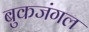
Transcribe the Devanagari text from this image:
बुकजंगल